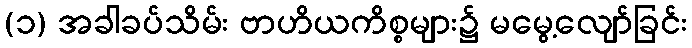
(၁) အခါခပ်သိမ်း ဗာဟိယကိစ္စများ၌ မမွေ့လျော်ခြင်း